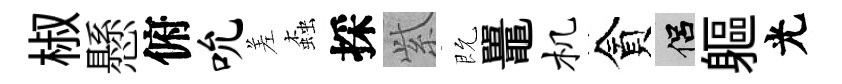
椒懸俯吮差螙採𬗋既鼉机貪侣軀光